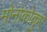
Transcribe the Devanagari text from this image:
मोनोकोकुए